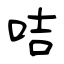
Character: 咭